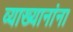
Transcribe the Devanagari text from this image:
व्याख्यानांना